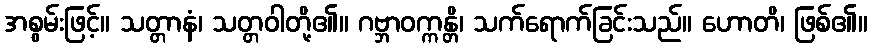
အစွမ်းဖြင့်။ သတ္တာနံ၊ သတ္တဝါတို့၏။ ဂဗ္ဘာဝက္ကန္တိ၊ သက်ရောက်ခြင်းသည်။ ဟောတိ၊ ဖြစ်၏။